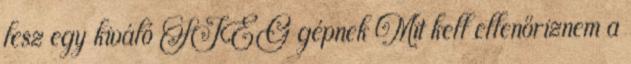
lesz egy kiváló SIEG gépnek Mit kell ellenőriznem a